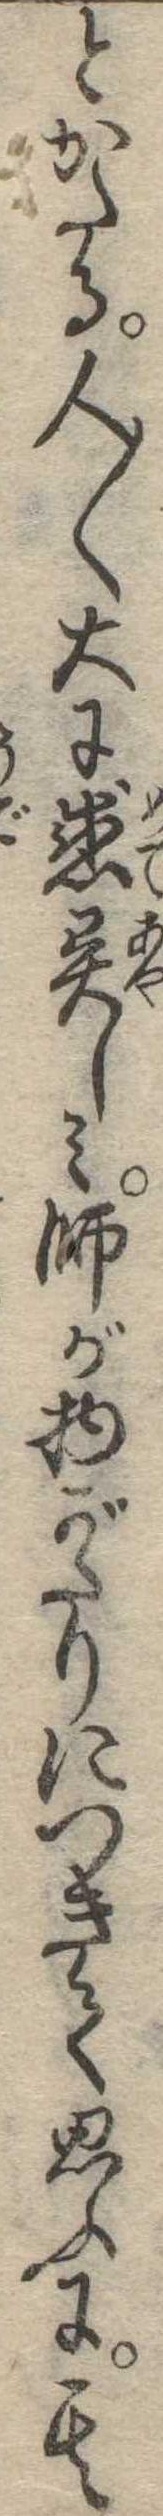
とかたる人〱大に感異しみ師が物がたりにつきて思ふに其